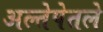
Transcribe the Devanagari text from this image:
अल्तेपेतले